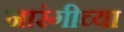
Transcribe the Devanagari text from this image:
नारंगीच्या